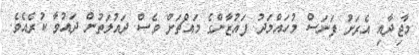
މާޖިދާއި އެރަށު ފަނަސް މުހައްމަދު ފައުޒާންގެ މައްޗަށް ވެސް ދައުލަތުން ދައުވާ ކުރެއެވެ.